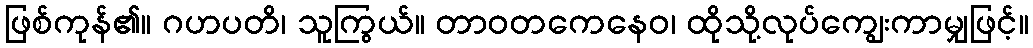
ဖြစ်ကုန်၏။ ဂဟပတိ၊ သူကြွယ်။ တာဝတကေနေဝ၊ ထိုသို့လုပ်ကျွေးကာမျှဖြင့်။